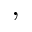
^ { , }